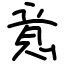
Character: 意